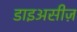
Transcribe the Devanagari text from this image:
डाइअसीज़